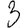
Digit: 3